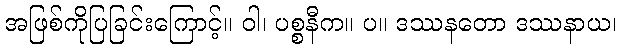
အဖြစ်ကိုပြခြင်းကြောင့်။ ဝါ၊ ပစ္စနီက။ ပ။ ဒဿနတော ဒဿနာယ၊